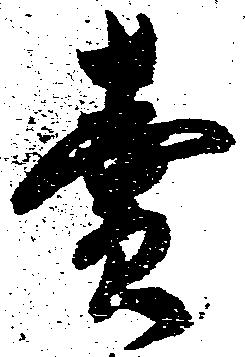
売